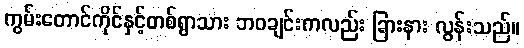
ကွမ်းတောင်ကိုင်နှင့်တစ်ရွာသား ဘဝချင်းကလည်း ခြားနား လွန်းသည်။